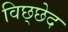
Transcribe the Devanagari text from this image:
विछ्छेद